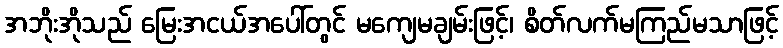
အဘိုးအိုသည် မြေးအငယ်အပေါ်တွင် မကျေမချမ်းဖြင့်၊ စိတ်လက်မကြည်မသာဖြင့်